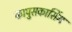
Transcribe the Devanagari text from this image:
कापुसकासिंग